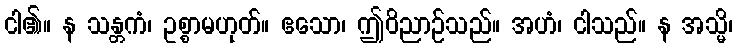
ငါ၏။ န သန္တကံ၊ ဥစ္စာမဟုတ်။ ဧသော၊ ဤဝိညာဉ်သည်။ အဟံ၊ ငါသည်။ န အသ္မိ၊